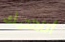
أتلانتيك